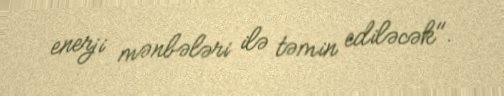
enerji mənbələri ilə təmin ediləcək".